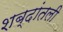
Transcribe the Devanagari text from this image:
शब्दांतली